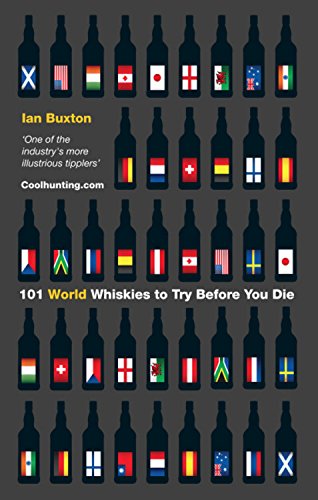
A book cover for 101 World Whiskies to Try Before You Die; Ian Buxton; Cookbooks, Food & Wine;